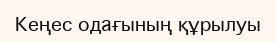
Кеңес одағының құрылуы